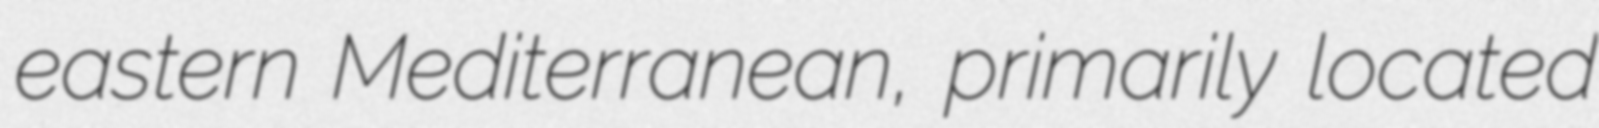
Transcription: eastern Mediterranean, primarily located